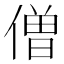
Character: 僧